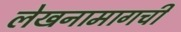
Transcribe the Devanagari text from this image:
लेखनामागची